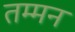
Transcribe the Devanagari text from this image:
तम्मन